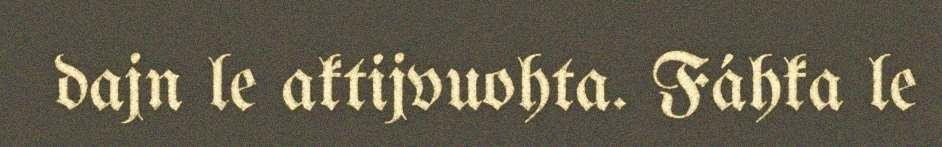
dajn le aktijvuohta. Fáhka le